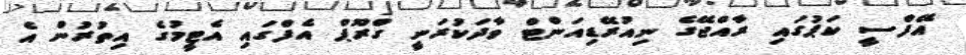
އޭފްސީ ކަޕުގައި ރާއްޖޭގެ ނިއުރޭޑިއަންޓް ވާދަކުރަނީ ގްރޫޕް އެފްގައި އެޓީމުގެ އިތުރުން އެ